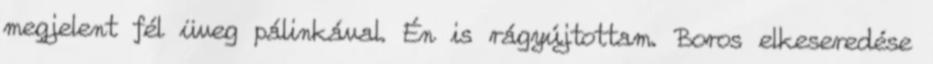
megjelent fél üveg pálinkával. Én is rágyújtottam. Boros elkeseredése